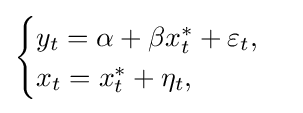
{\begin{cases}y_{t}=\alpha +\beta x_{t}^{*}+\varepsilon _{t},\\x_{t}=x_{t}^{*}+\eta _{t},\end{cases}}